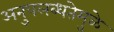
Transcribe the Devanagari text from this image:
अनुपलब्धतेमुळे